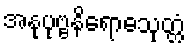
အနုပုဗ္ဗနိရောဓသုတ္တံ